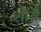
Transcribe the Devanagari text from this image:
शौर्यं